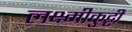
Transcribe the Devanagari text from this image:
लक्ष्मीकुट्टी